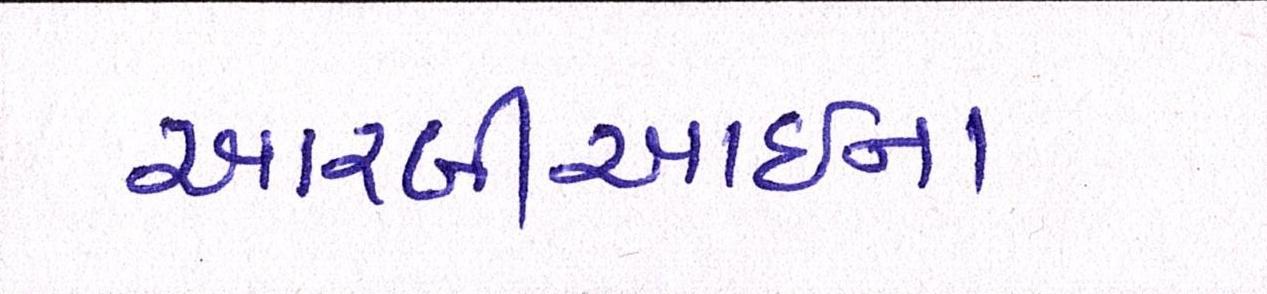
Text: આરબીઆઇના